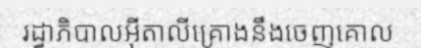
រដ្ធាភិបាលអ៊ីតាលីគ្រោងនឹងចេញគោល